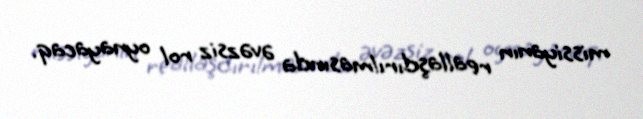
missiyanın reallaşdırılmasında əvəzsiz rol oynayacaq.